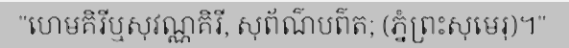
"ហេមគិរីឬសុវណ្ណគិរី, សុព័ណ៌បព៌ត; (ភ្នំព្រះសុមេរុ)។"